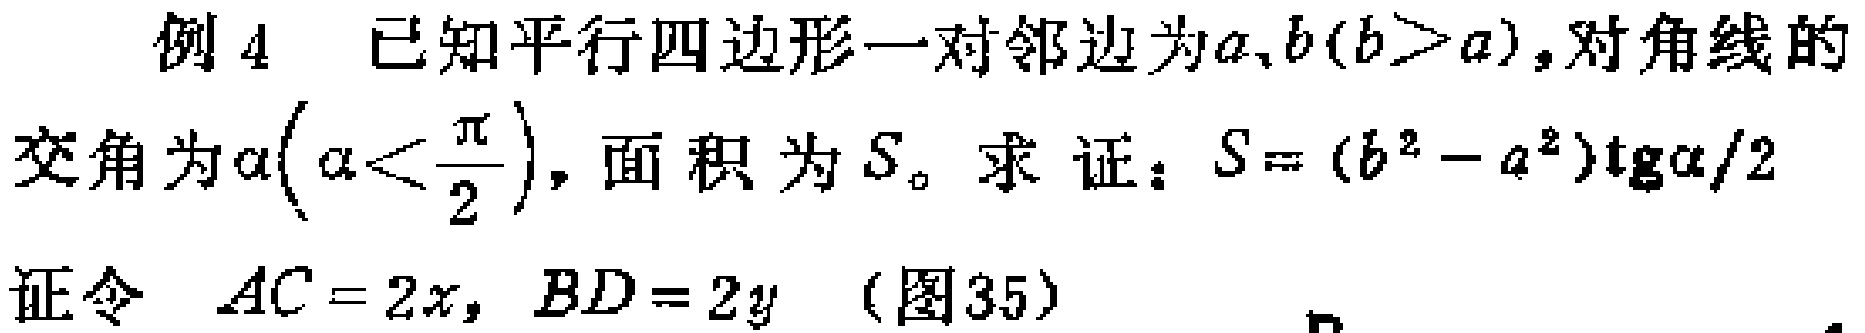
例 4 已知平行四边形一对邻边为\(a,b(b > a)\)，对角线的交角为\(\alpha(\alpha<\frac{\pi}{2})\)，面积为\(S\)。求 证：\(S = (b^{2}-a^{2})\mathrm{tg}\alpha/2\)
证令 \(AC = 2x\)，\(BD = 2y\) （图35）